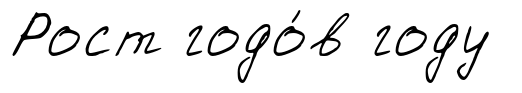
Рост годо́в году